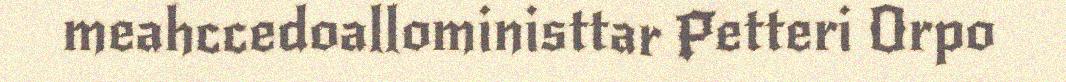
meahccedoalloministtar Petteri Orpo